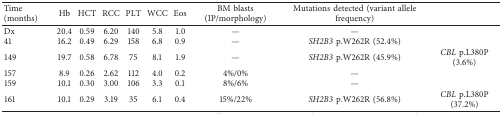
| Time (months) | Hb | HCT | RCC | PLT | WCC | Eos | BM blasts (IP/morphology) | Mutations detected (variant allele frequency) |  |
 | --- | --- | --- | --- | --- | --- | --- | --- | --- | --- |
 | Dx | 20.4 | 0.59 | 6.20 | 140 | 5.8 | 1.0 | — | — |  |
 | 41 | 16.2 | 0.49 | 6.29 | 158 | 6.8 | 0.9 | — | SH2B3 p.W262R (52.4%) |  |
 | 149 | 19.7 | 0.58 | 6.78 | 75 | 8.1 | 1.9 | — | SH2B3 p.W262R (45.9%) | CBL p.L380P (3.6%) |
 | 157 | 8.9 | 0.26 | 2.62 | 112 | 4.0 | 0.2 | 4%/0% | — |  |
 | 159 | 10.1 | 0.30 | 3.00 | 106 | 3.3 | 0.1 | 8%/6% | — |  |
 | 161 | 10.1 | 0.29 | 3.19 | 35 | 6.1 | 0.4 | 15%/22% | SH2B3 p.W262R (56.8%) | CBL p.L380P (37.2%) |